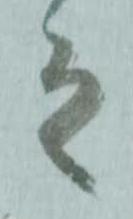
之